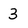
Character: 3